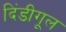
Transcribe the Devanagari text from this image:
दिंडीगूल